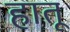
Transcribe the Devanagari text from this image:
हातू